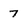
Character: 7